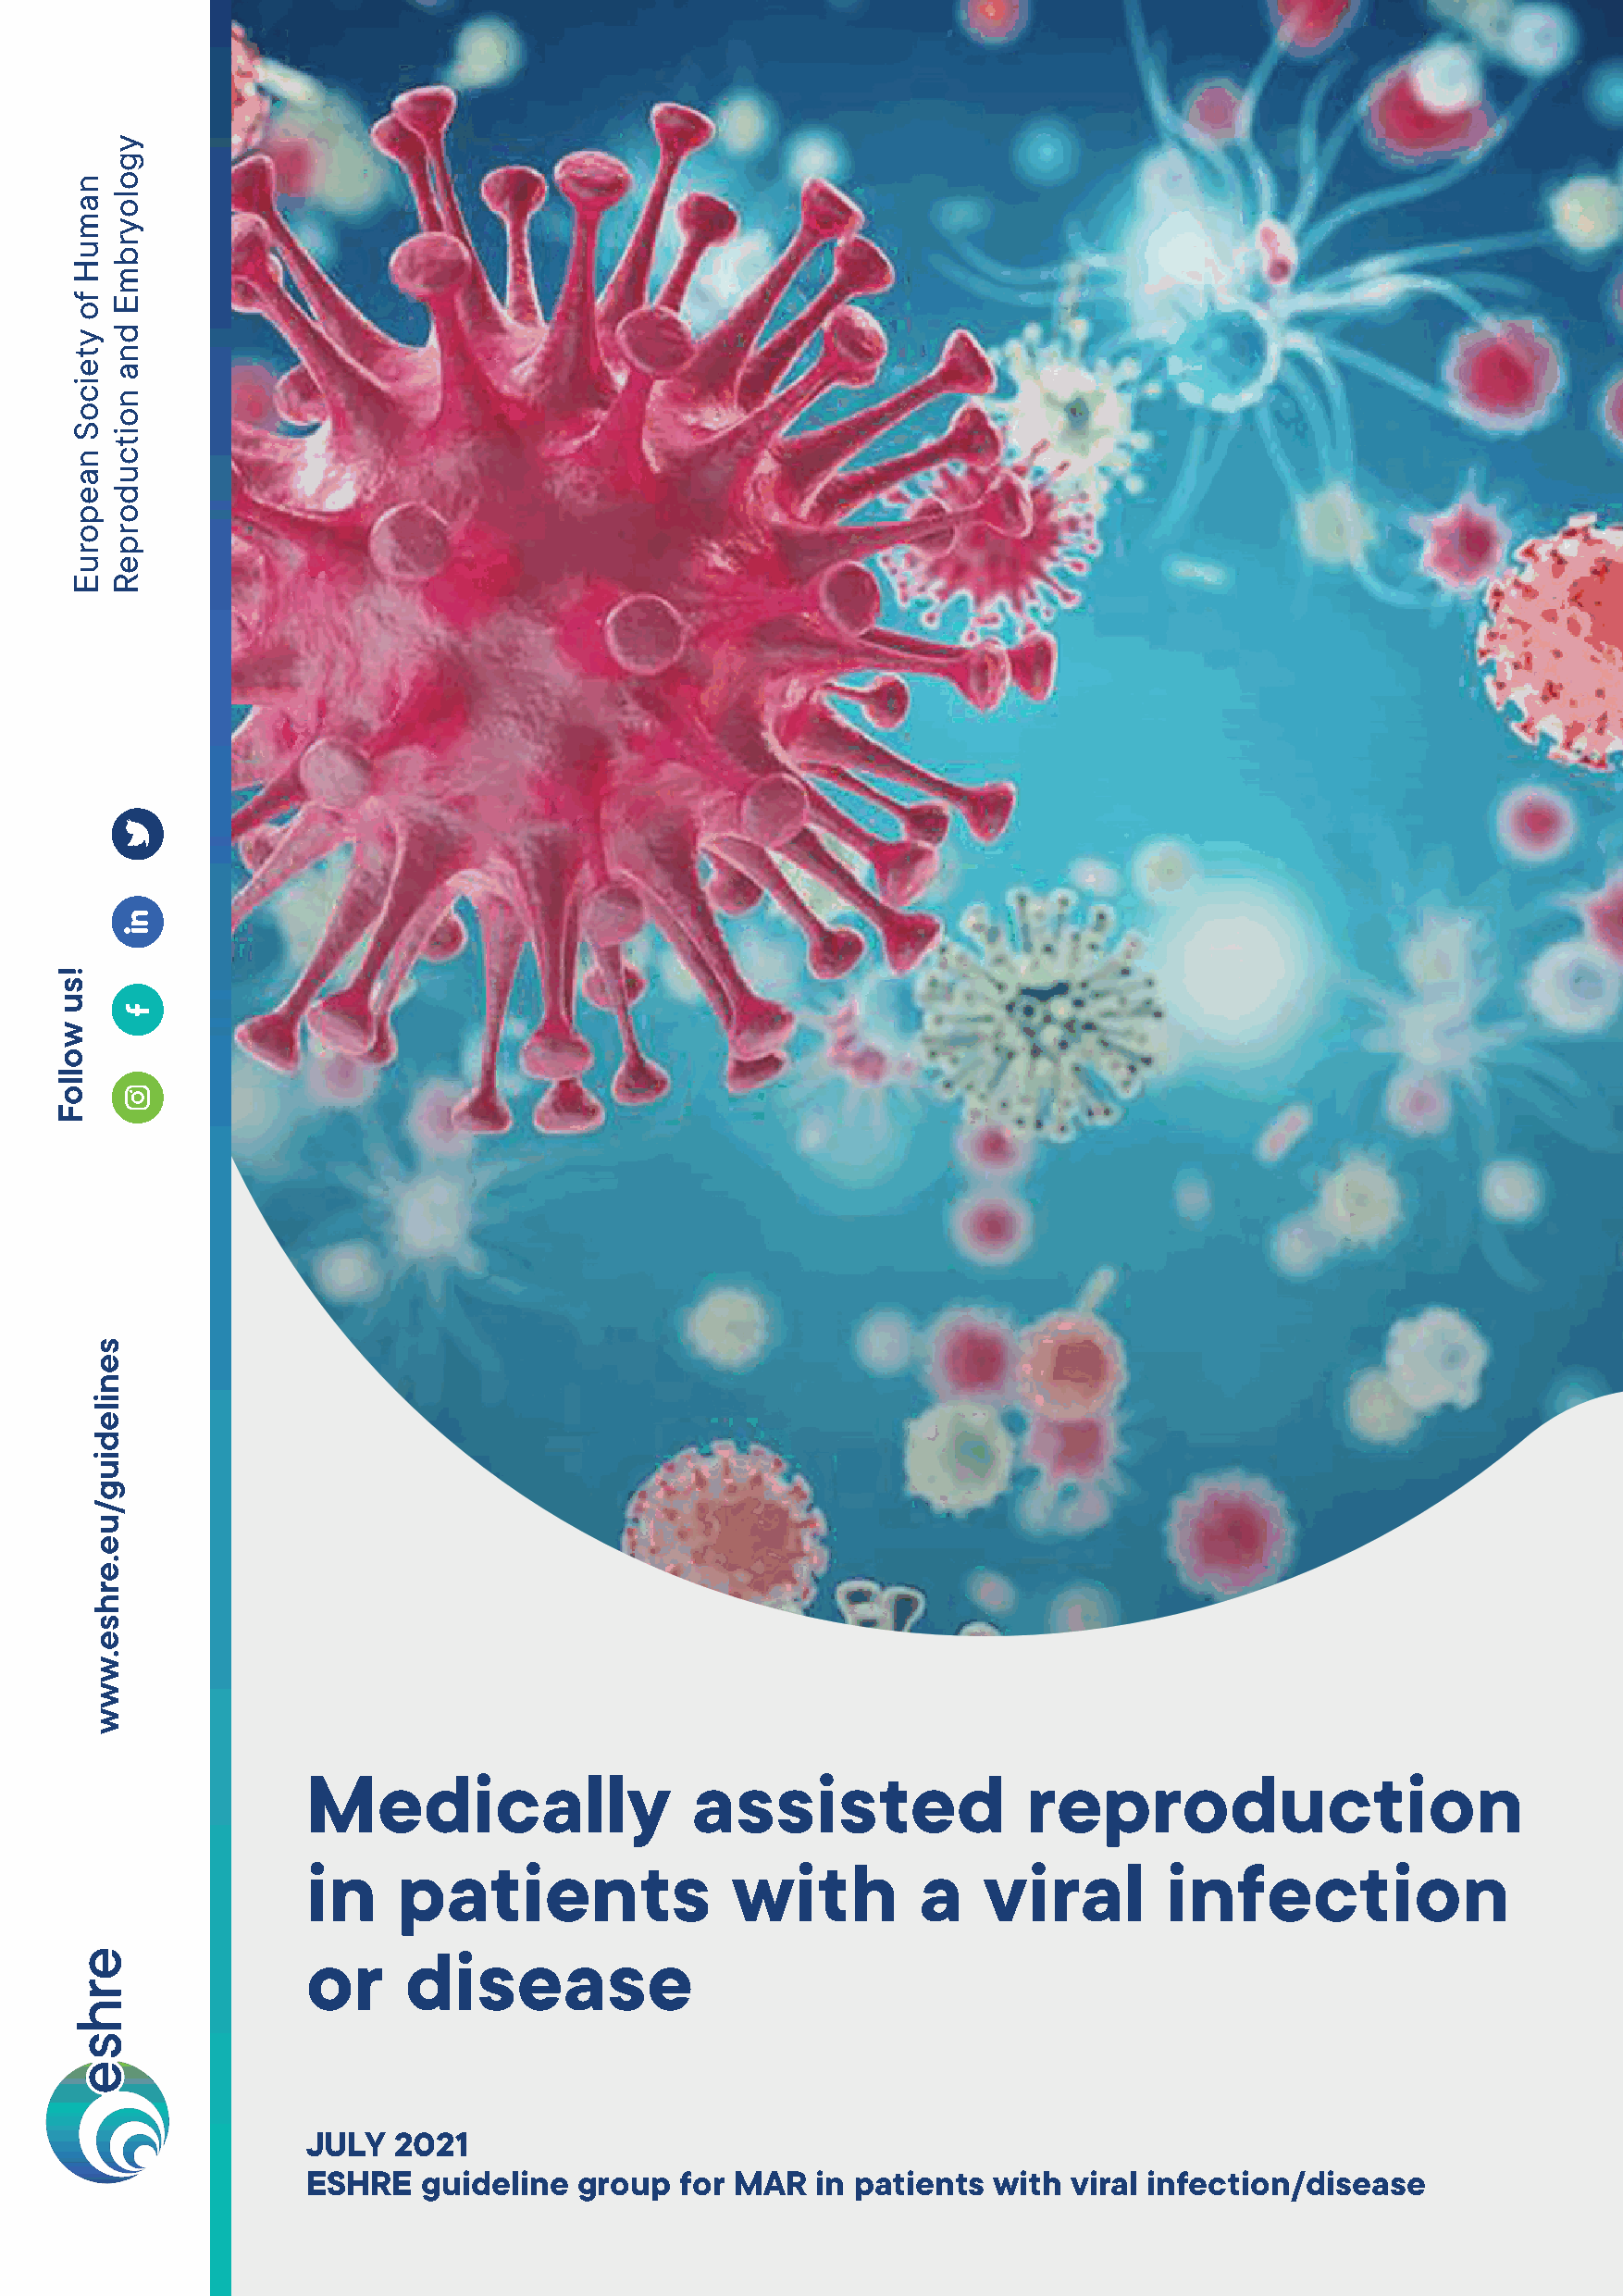
Medically                  assisted                reproduction
 in    patients                with          a   viral        infection
 or     disease
 JULY  2021
 ESHRE   guideline  group   for MAR  in patients  with  viral infection/disease
 !su
 wolloF
 namuH
 fo
 yteicoS
 naeporuE
 senilediug/ue.erhse.www
 ygoloyrbmE
 dna
 noitcudorpeR